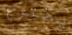
يخترع